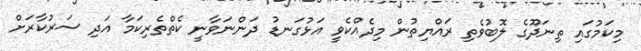
މިކަމުގައި ތިނަދޫގެ ލޮބުވެތި ރައްޔިތުން މިދެއްކެވީ އަޅުގަނޑު ދަންނަވާނީ ކެތްތެރިކަމާ އަދި ސަރުކާރަށް